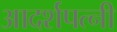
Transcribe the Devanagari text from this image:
आदर्शपत्नी